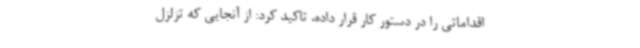
اقداماتی را در دستور کار قرار داده، تاکید کرد: از آنجایی که تزلزل